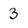
Character: 3